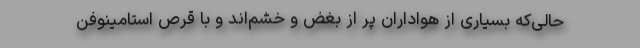
حالی‌که بسیاری از هواداران پر از بغض و خشم‌اند و با قرص استامینوفن